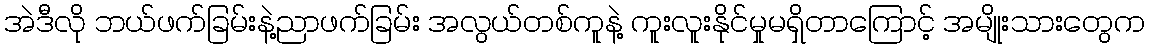
အဲဒီလို ဘယ်ဖက်ခြမ်းနဲ့ညာဖက်ခြမ်း အလွယ်တစ်ကူနဲ့ ကူးလူးနိုင်မှုမရှိတာကြောင့် အမျိုးသားတွေက